Report of the Imperial Institute of Veterinary Research, Muktesar
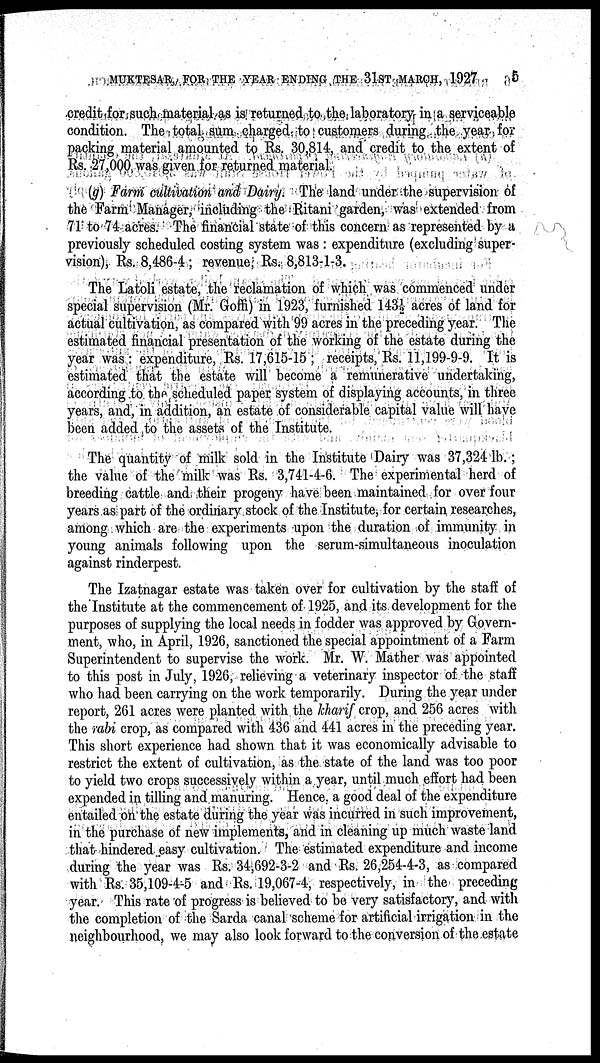
MUKTESAR, FOR THE YEAR ENDING THE 31ST MARCH, 1927
5
credit for such material as is returned to the laboratory in a serviceable
condition. The total sum charged to customers during the year for
packing material amounted to Rs. 30,814, and credit to the extent of
Rs. 27,000 was given for returned material.
(g) Farm cultivation and Dairy. The land under the supervision of
the Farm Manager, including the Ritani garden, was extended from
71 to 74 acres. The financial state of this concern as represented by a
previously scheduled costing system was : expenditure (excluding super-
vision), Rs. 8,486-4; revenue, Rs. 8,813-1-3.
The Latoli estate, the reclamation of which was commenced under
special supervision (Mr. Goffi) in 1923, furnished 143½ acres of land for
actual cultivation, as compared with 99 acres in the preceding year. The
estimated financial presentation of the working of the estate during the
year was : expenditure, Rs. 17,615-15 ; receipts, Rs. 11,199-9-9. It is
estimated that the estate will become a remunerative undertaking,
according to the scheduled paper system of displaying accounts, in three
years, and, in addition, an estate of considerable capital value will have
been added to the assets of the Institute.
The quantity of milk sold in the Institute Dairy was 37,324 lb.;
the value of the milk was Rs. 3,741-4-6. The experimental herd of
breeding cattle and their progeny have been maintained for over four
years as part of the ordinary stock of the Institute, for certain researches,
among which are the experiments upon the duration of immunity in
young animals following upon the serum-simultaneous inoculation
against rinderpest.
The Izatnagar estate was taken over for cultivation by the staff of
the Institute at the commencement of 1925, and its development for the
purposes of supplying the local needs in fodder was approved by Govern-
ment, who, in April, 1926, sanctioned the special appointment of a Farm
Superintendent to supervise the work. Mr. W. Mather was appointed
to this post in July, 1926, relieving a veterinary inspector of the staff
who had been carrying on the work temporarily. During the year under
report, 261 acres were planted with the kharif crop, and 256 acres with
the rabi crop, as compared with 436 and 441 acres in the preceding year.
This short experience had shown that it was economically advisable to
restrict the extent of cultivation, as the state of the land was too poor
to yield two crops successively within a year, until much effort had been
expended in tilling and manuring. Hence, a good deal of the expenditure
entailed on the estate during the year was incurred in such improvement,
in the purchase of new implements, and in cleaning up much waste land
that hindered easy cultivation. The estimated expenditure and income
during the year was Rs. 34,692-3-2 and Rs. 26,254-4-3, as compared
with Rs. 35,109-4-5 and Rs. 19,067-4, respectively, in the preceding
year. This rate of progress is believed to be very satisfactory, and with
the completion of the Sarda canal scheme for artificial irrigation in the
neighbourhood, we may also look forward to the conversion of the estate